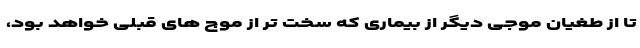
تا از طغیان موجی دیگر از بیماری که سخت تر از موج های قبلی خواهد بود،